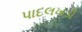
પાદલખડી